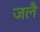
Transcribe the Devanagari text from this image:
जलै